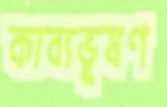
কাব্যভূষণ